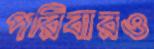
পরিবারও